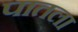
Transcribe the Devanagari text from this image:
पातला